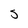
Character: j